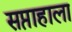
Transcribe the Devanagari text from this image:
सप्ताहाला